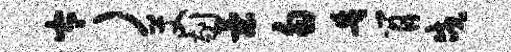
岑）艾剔策勿告肖戍